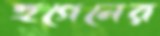
হুগেনের